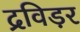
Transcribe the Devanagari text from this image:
द्रविड़र